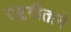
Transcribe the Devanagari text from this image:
राष्ट्रगीताने